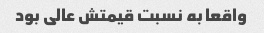
واقعا به نسبت قیمتش عالی بود